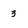
Character: 3